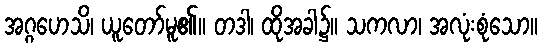
အဂ္ဂဟေသိ၊ ယူတော်မူ၏။ တဒါ၊ ထိုအခါ၌။ သကလာ၊ အလုံးစုံသော။